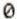
0